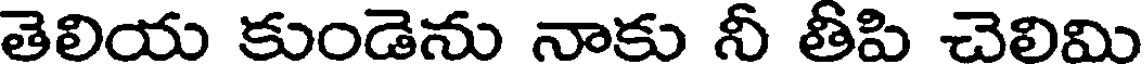
తెలియ కుండెను నాకు నీ తీపి చెలిమి